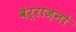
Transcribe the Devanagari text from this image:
वेर्राज़नो